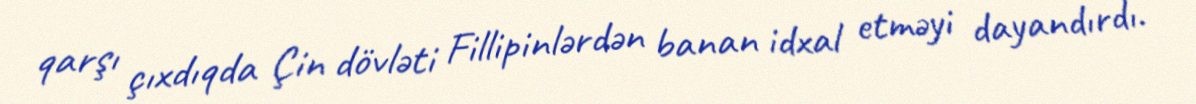
qarşı çıxdıqda Çin dövləti Fillipinlərdən banan idxal etməyi dayandırdı.